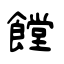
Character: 饄